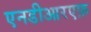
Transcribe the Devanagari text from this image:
एनडीआरएफ़